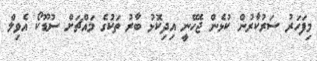
މިފަހަރު ސަރުކާރުން ކުޅެން ޖެހޭނީ އިދިކޮޅު ބާރު ތަކުގެ މައްޗަށް ސުޑޫކޯ އެވިލް